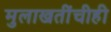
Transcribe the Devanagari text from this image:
मुलाखतींचीही